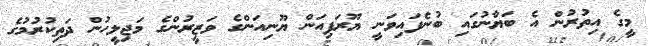
މީގެ އިތުރުން އެ ބަޔާނުގައި ބުނެފައިވަނީ ޔޫރަޕިއަން ޔޫނިއަންގެ ވަޒީރުންގެ މަޖިލީހުން ދަތިކުރުމުގެ